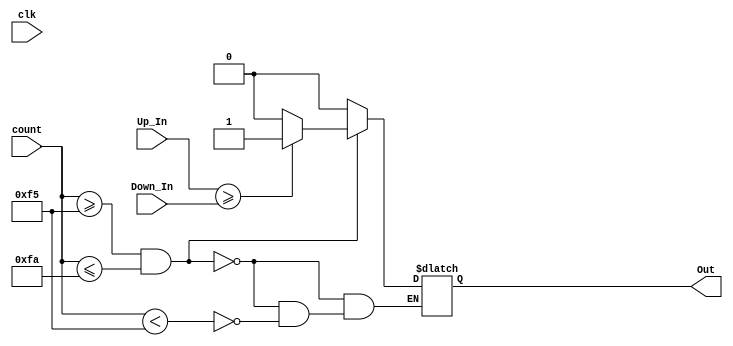
`timescale 1ns / 1ps

(* DONT_TOUCH = "true" *)
module Comparator(
    input [0:15] Up_In, Down_In,
    input clk,
    input [0:7] count,
    output reg Out 
);

    always@( count or Up_In or Down_In )begin
        
        if( count >= 8'd245 && count <= 8'd250)begin
            
            if( Up_In >= Down_In )begin
                Out = 1'b1;
            end
            
            else begin
                Out = 1'b0;
            end

        end

        else if( count < 8'd245 )begin
            Out = 1'b0;    
        end

        else begin ; end

    end

endmodule